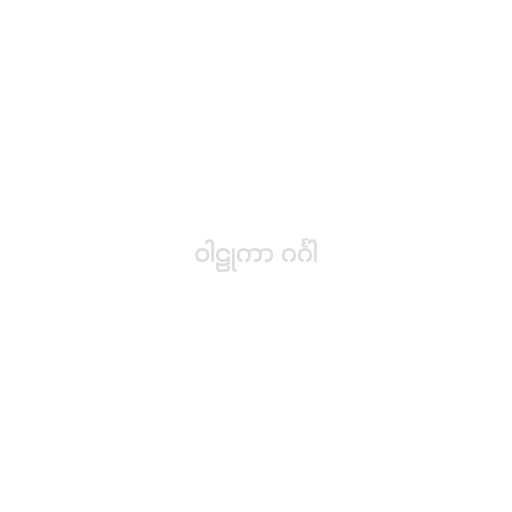
ဝါဠုကာ ဂင်္ဂါ